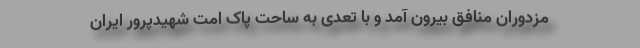
مزدوران منافق بیرون آمد و با تعدّی به ساحت پاک اُمّت شهیدپرور ایران